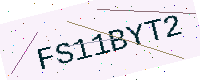
Text: FS11BYT2